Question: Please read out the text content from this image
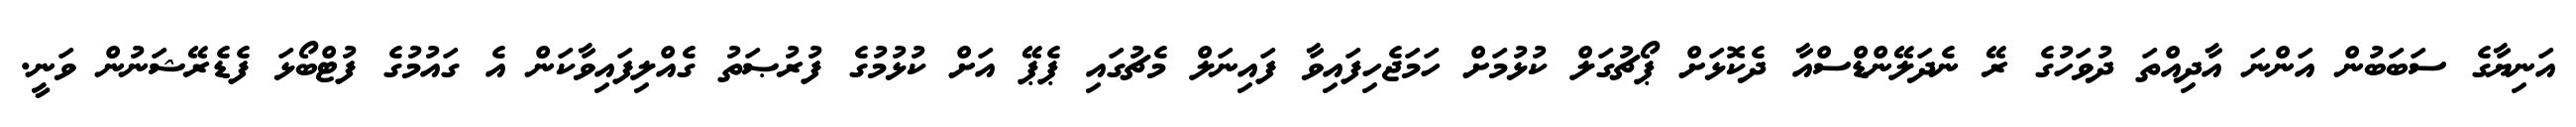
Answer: އަނިޔާގެ ސަބަބުން އަންނަ އާދިއްތަ ދުވަހުގެ ރޭ ނެދަލޭންޑްސްއާ ދެކޮޅަށް ޕޯޗުގަލް ކުޅުމަށް ހަމަޖެހިފައިވާ ފައިނަލް މެޗުގައި ޕެޕޭ އަށް ކުޅުމުގެ ފުރުޞަތު ގެއްލިފައިވާކަން އެ ގައުމުގެ ފުޓްބޯޅަ ފެޑެރޭޝަނުން ވަނީ.